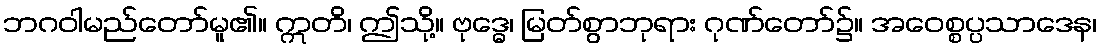
ဘဂဝါမည်တော်မူ၏။ ဣတိ၊ ဤသို့။ ဗုဒ္ဓေ၊ မြတ်စွာဘုရား ဂုဏ်တော်၌။ အဝေစ္စပ္ပသာဒေန၊